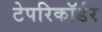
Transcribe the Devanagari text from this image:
टेपरिकॉर्डर